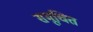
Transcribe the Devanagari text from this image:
समूचित